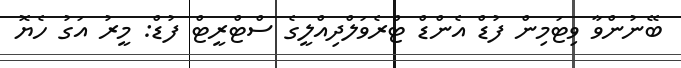
ބޭނުންވާ ވިޓަމިން ފުޑް އެންޑް ޓްރެވަލްދިއްލީގެ ސްޓްރީޓް ފުޑް: މީރު އަގު ހެޔޮ